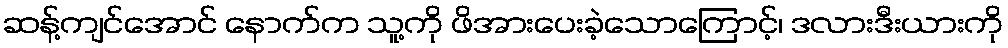
ဆန့်ကျင်အောင် နောက်က သူ့ကို ဖိအားပေးခဲ့သောကြောင့်၊ ဒလားဒီးယားကို